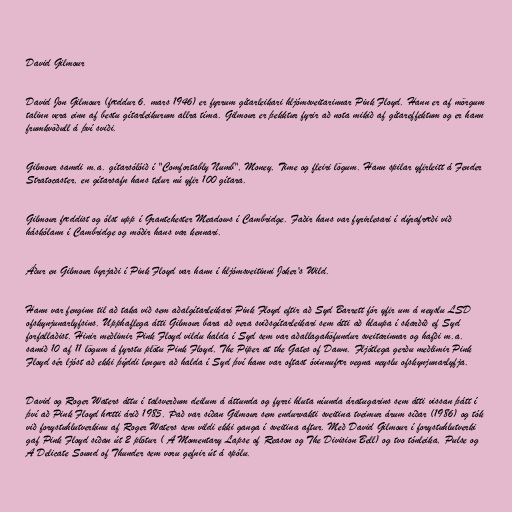
David Gilmour

David Jon Gilmour (fæddur 6. mars 1946) er fyrrum gítarleikari hljómsveitarinnar Pink Floyd. Hann er af mörgum
talinn vera einn af bestu gítarleikurum allra tíma. Gilmour er þekktur fyrir að nota mikið af gítareffektum og er hann
frumkvöðull á því sviði.

Gilmour samdi m.a. gítarsólóið í "Comfortably Numb", Money, Time og fleiri lögum. Hann spilar yfirleitt á Fender
Stratocaster, en gítarsafn hans telur nú yfir 100 gítara.

Gilmour fæddist og ólst upp í Grantchester Meadows í Cambridge. Faðir hans var fyrirlesari í dýrafræði við
háskólann í Cambridge og móðir hans var kennari.

Áður en Gilmour byrjaði í Pink Floyd var hann í hljómsveitinni Joker's Wild.

Hann var fenginn til að taka við sem aðalgítarleikari Pink Floyd eftir að Syd Barrett fór yfir um á neyslu LSD
ofskynjunarlyfsins. Upphaflega átti Gilmour bara að vera sviðsgítarleikari sem átti að hlaupa í skarðið ef Syd
forfallaðist. Hinir meðlimir Pink Floyd vildu halda í Syd sem var aðallagahöfundur sveitarinnar og hafði m.a.
samið 10 af 11 lögum á fyrstu plötu Pink Floyd, The Piper at the Gates of Dawn. Fljótlega gerðu meðlimir Pink
Floyd sér ljóst að ekki þýddi lengur að halda í Syd því hann var oftast óvinnufær vegna neyslu ofskynjunarlyfja.

David og Roger Waters áttu í talsverðum deilum á áttunda og fyrri hluta níunda áratugarins sem átti vissan þátt í
því að Pink Floyd hætti árið 1985. Það var síðan Gilmour sem endurvakti sveitina tveimur árum síðar (1986) og tók
við forystuhlutverkinu af Roger Waters sem vildi ekki ganga í sveitina aftur. Með David Gilmour í forystuhlutverki
gaf Pink Floyd síðan út 2 plötur ( A Momentary Lapse of Reason og The Division Bell) og tvo tónleika, Pulse og
A Delicate Sound of Thunder sem voru gefnir út á spólu.